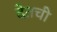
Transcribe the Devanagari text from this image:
देतची